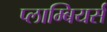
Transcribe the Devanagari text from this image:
प्लाम्बियर्स